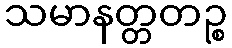
သမာနတ္တတဉ္စ